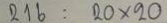
216 = 20 x 20